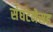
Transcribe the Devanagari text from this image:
संघटनेसह